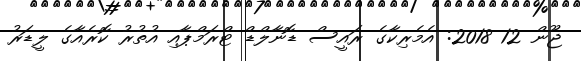
ޖޫން 12 2018: އެމެރިކާގެ ރައީސް ޑޮނާލްޑް ޓްރަމްޕާއި އުތުރު ކޮރެއާގެ ލީޑަރު